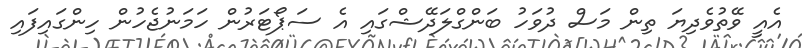
އެއީ ވޭތުވެދިޔަ ތިން މަސް ދުވަހު ބަންގްލަދޭޝްގައި އެ ސަޕޯޓަރުން ހަމަނުޖެހުން ހިންގައިފައި